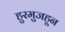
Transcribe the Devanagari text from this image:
हुरमुजहून